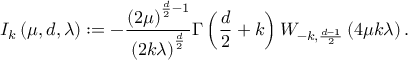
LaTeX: I _ { k } \left( \mu , d , \lambda \right) : = - \frac { \left( 2 \mu \right) ^ { \frac { d } { 2 } - 1 } } { \left( 2 k \lambda \right) ^ { \frac { d } { 2 } } } \Gamma \left( \frac { d } { 2 } + k \right) W _ { - k , \frac { d - 1 } { 2 } } \left( 4 \mu k \lambda \right) .